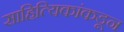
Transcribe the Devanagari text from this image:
साहित्यिकांकडून